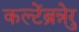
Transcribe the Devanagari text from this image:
कल्टेंब्रुन्नेर